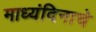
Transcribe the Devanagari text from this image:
माध्यंदिनाचे